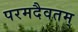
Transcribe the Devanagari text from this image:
परमदैवतम्